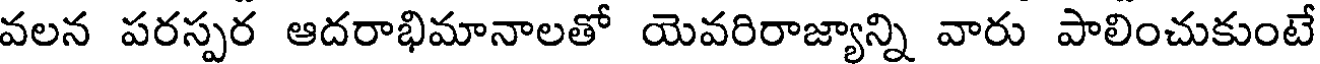
వలన పరస్పర ఆదరాభిమానాలతో యెవరిరాజ్యాన్ని వారు పాలించుకుంటే